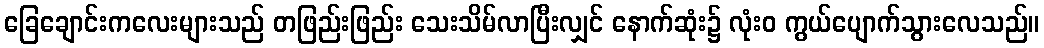
ခြေချောင်းကလေးများသည် တဖြည်းဖြည်း သေးသိမ်လာပြီးလျှင် နောက်ဆုံး၌ လုံးဝ ကွယ်ပျောက်သွားလေသည်။